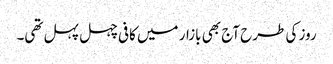
روز کی طرح آج بھی بازار میں کافی چہل پہل تھی۔